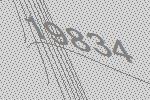
19834